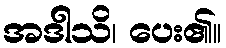
အဒါသိ၊ ပေး၏။